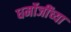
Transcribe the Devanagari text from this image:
धर्मोजींच्या